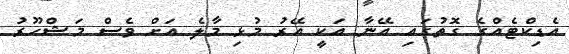
އެޑިކްޓެއްގެ ގޮތުގައި އޭނާ އަކީ އޭރު މުޅި މާލެ އަށް ވެސް މަޝްހޫރު